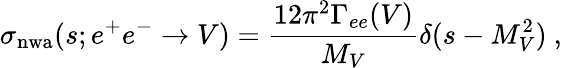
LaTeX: \sigma_{\mathrm{nwa}}(s;e^{+}e^{-}\to V)=\frac{12\pi^{2}\Gamma_{ee}(V)}{M_{V}}\delta(s-M_{V}^{2})\ ,